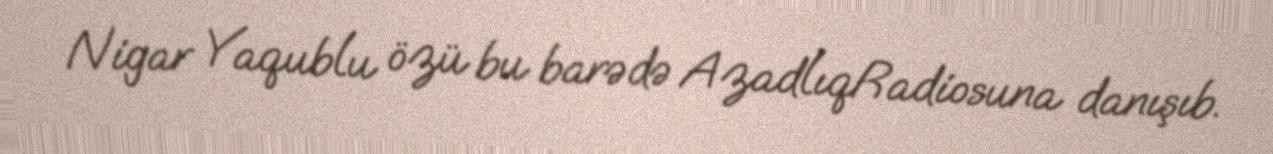
Nigar Yaqublu özü bu barədə AzadlıqRadiosuna danışıb.